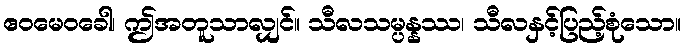
ဧဝမေဝခေါ၊ ဤအတူသာလျှင်။ သီလသမ္ပန္နဿ၊ သီလနှင့်ပြည့်စုံသော။